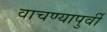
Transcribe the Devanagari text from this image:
वाचण्यापुर्वी